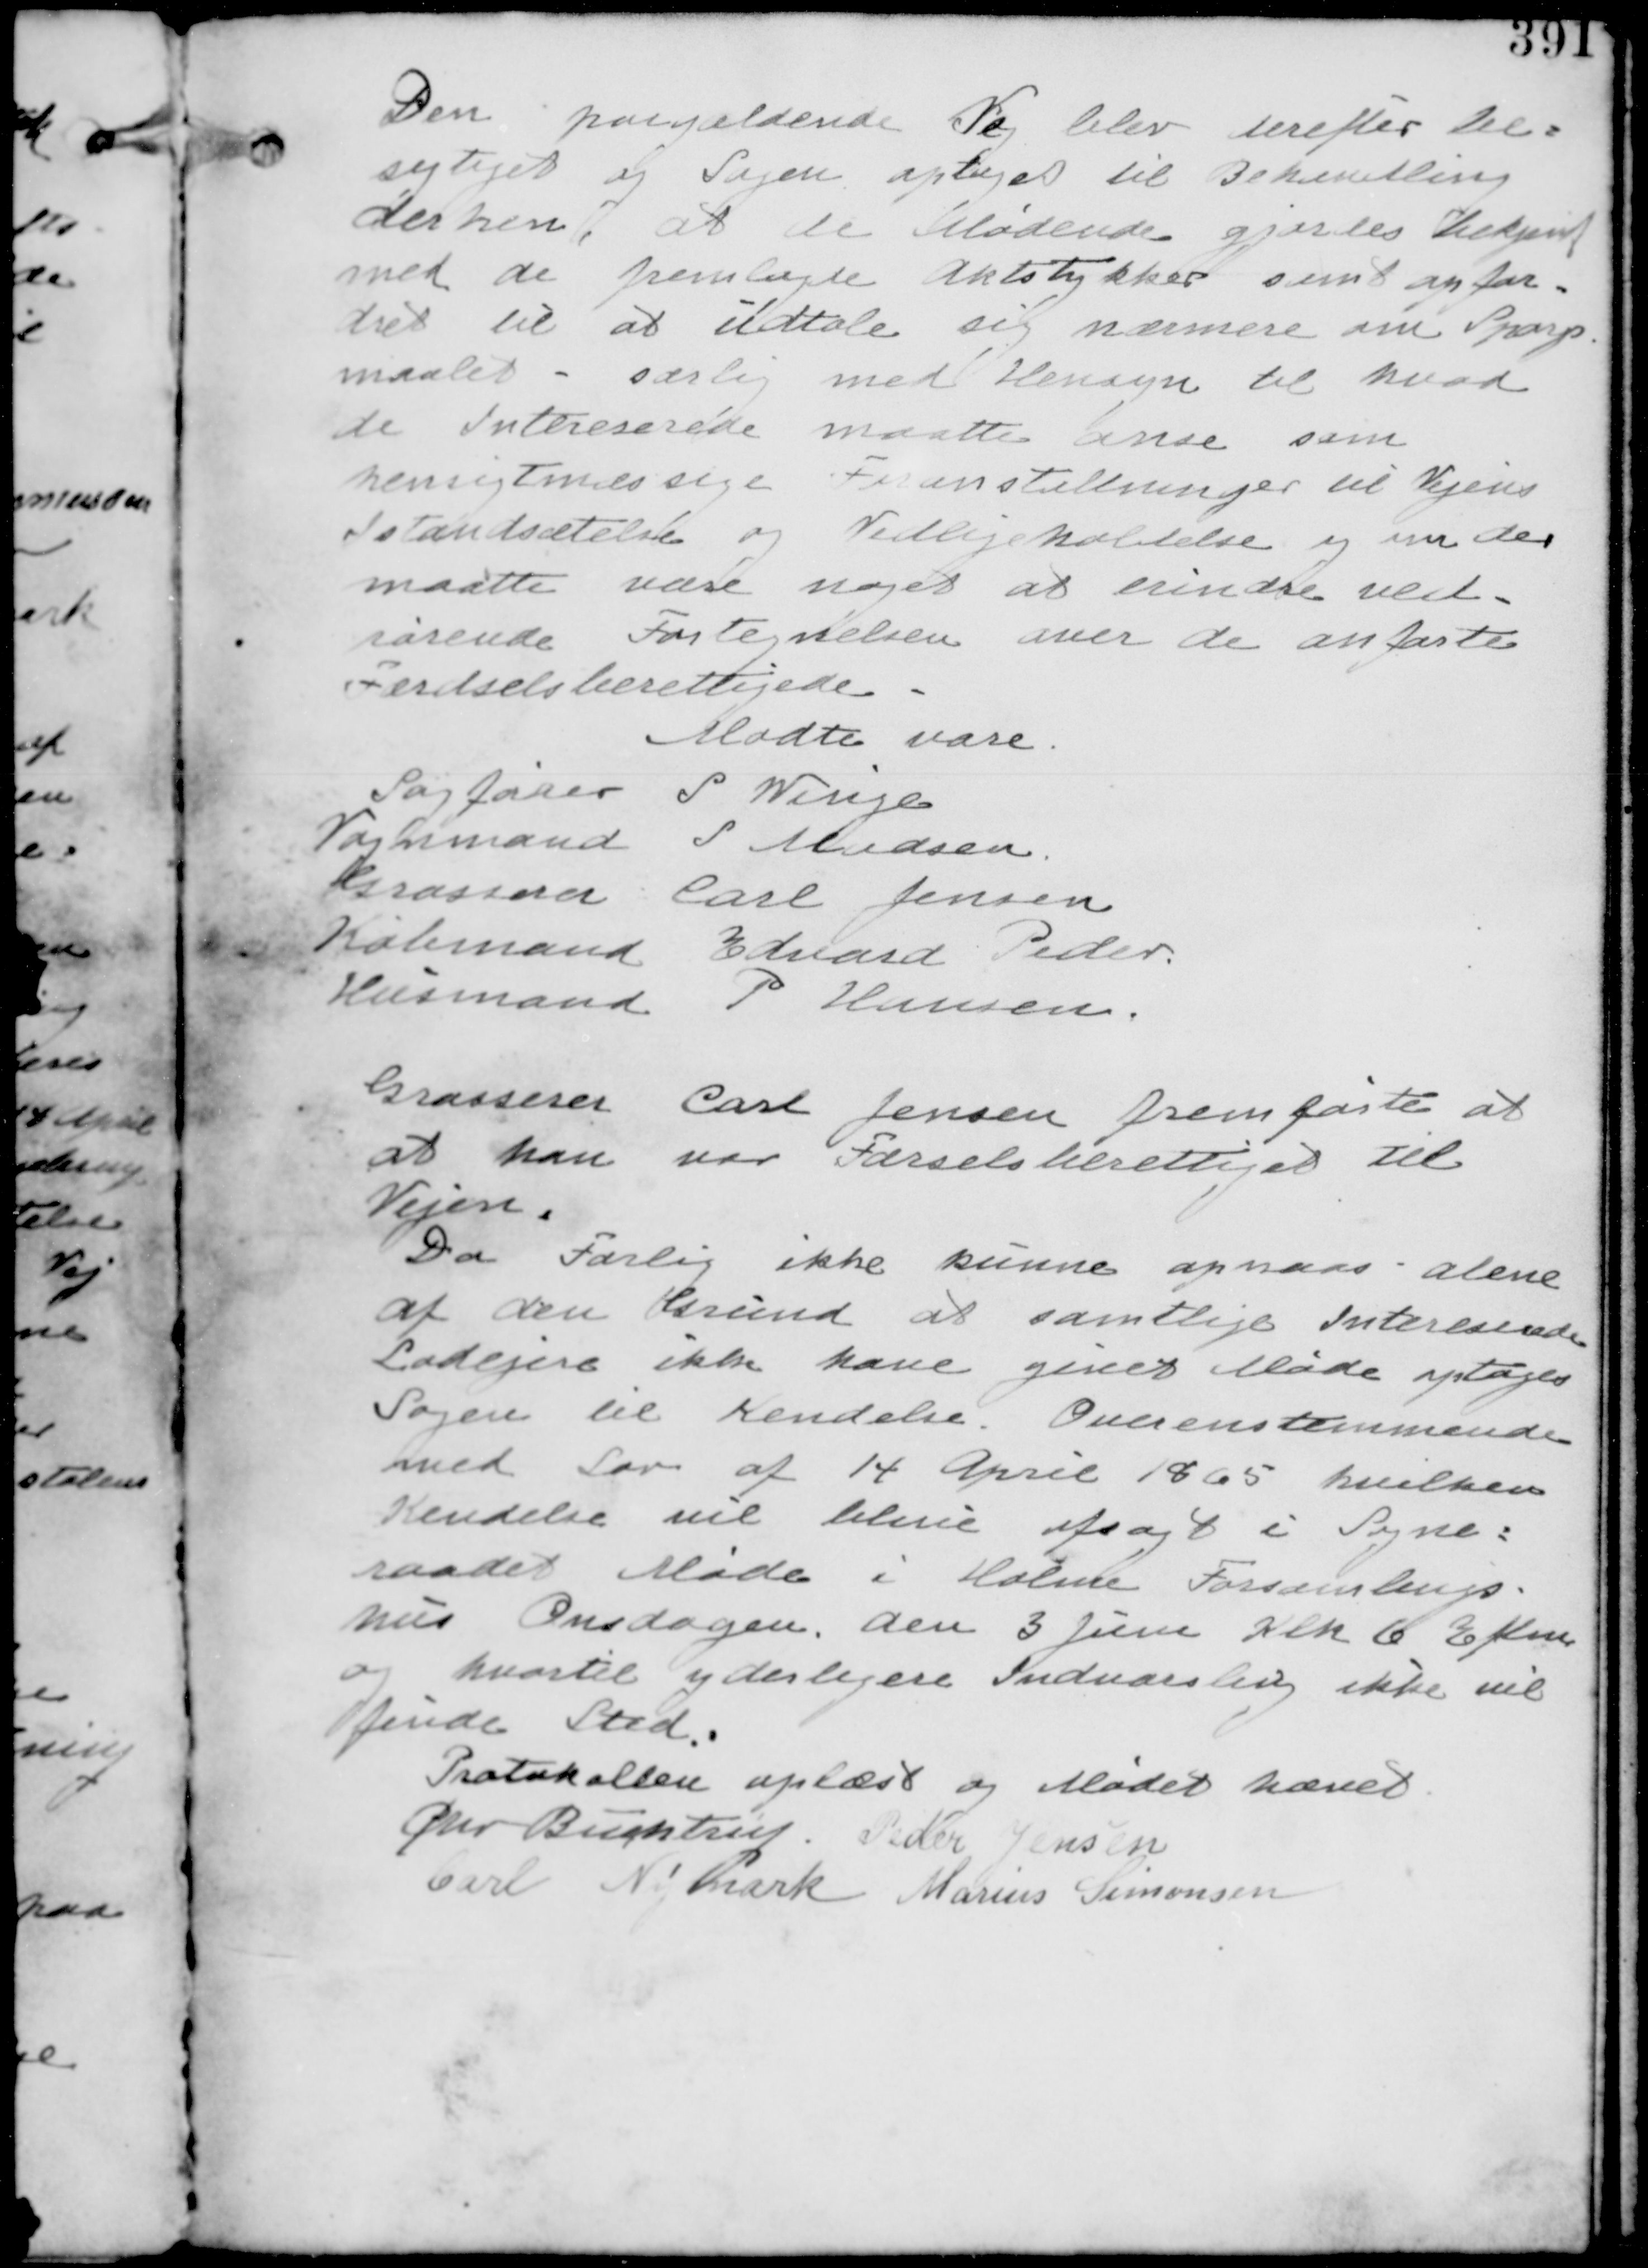
Transskription:
Den paagældende Vej blev herefter Be-
sigtiget og Sagen optaget til Behandling
derhen, at de Mødende gjordes bekendt
med de fremlagte Aktstykker samt opfor-
dret til at udtale sig nærmere om Spørgs-
maalet - særlig med Hensyn til hvad
de Interesserede maatte anse som
hensigtmæssige Foranstaltninger til Vejens
Istandsættelse og Vedligeholdelse og om der
matte være noget at erindre ved-
rørende Fortegnelsen med de anførte
Færdselsberettigede

Mødte var
Sagfører S Winge
Vognmand S Madsen
Grosserer Carl Jensen
Købmand Edvard Peder.
Husmand P Hansen

Grosserer Carl Jensen fremførte at
at han var Færdselsberettiget til
Vejen

Da Forlig ikke kunne opnaas alene
af den Grund at samtlige Interesserede
Lodsejere ikke kunne give møde optages
Sagen til Kendelse. Overensstemmende
med Lov af 14 April 1865 hvilken
Kendelse vil blive afsagt i Sogne-
raadet Møde i Holme Forsamlings-
hus Onsdagen den 3 Juni Klk 6 Aften
og hvortil yderligere Indvarsling ikke vil
finde Sted.

Protokollen oplæst og Mødet hævet
Chr Buchtrup. Peder Jensen
Carl Nymark Marius Simonsen